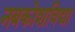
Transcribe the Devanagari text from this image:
नबकोशविद्या